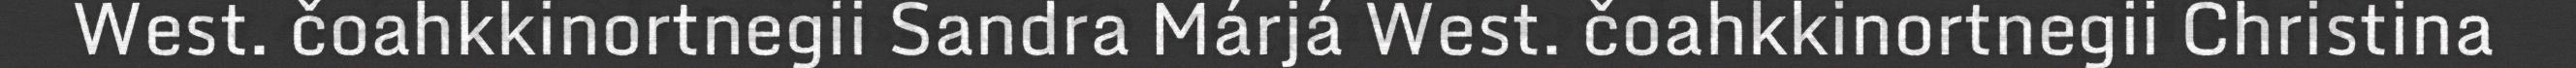
West. čoahkkinortnegii Sandra Márjá West. čoahkkinortnegii Christina